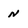
Character: n